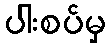
ပါးစပ်မှ